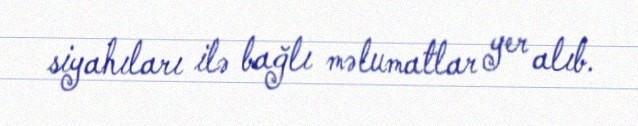
siyahıları ilə bağlı məlumatlar yer alıb.